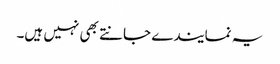
یہ نمایندے جانتے بھی نہیں ہیں۔